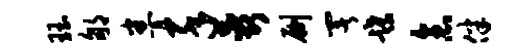
珏郇悉卒蕊劂署蹀念伴